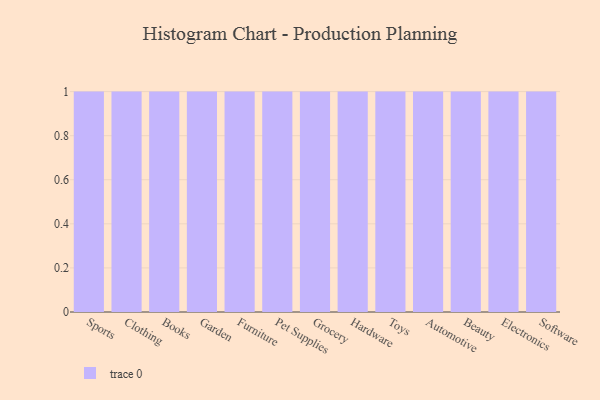
{"axis": {"x": "Category", "y": "LTV (USD)"}, "legend": [""], "data": [{"x": "Sports", "y": 64, "type": ""}, {"x": "Clothing", "y": 57, "type": ""}, {"x": "Books", "y": 28, "type": ""}, {"x": "Garden", "y": 22, "type": ""}, {"x": "Furniture", "y": 48, "type": ""}, {"x": "Pet Supplies", "y": 96, "type": ""}, {"x": "Grocery", "y": 81, "type": ""}, {"x": "Hardware", "y": 22, "type": ""}, {"x": "Toys", "y": 81, "type": ""}, {"x": "Automotive", "y": 59, "type": ""}, {"x": "Beauty", "y": 82, "type": ""}, {"x": "Electronics", "y": 36, "type": ""}, {"x": "Software", "y": 40, "type": ""}]}